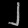
Digit: ၂